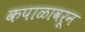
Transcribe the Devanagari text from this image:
कपाळावरून